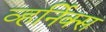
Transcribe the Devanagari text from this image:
व्हर्निक्स